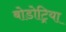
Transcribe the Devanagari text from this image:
बोडोट्रिया